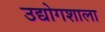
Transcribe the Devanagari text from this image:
उद्योगशाला